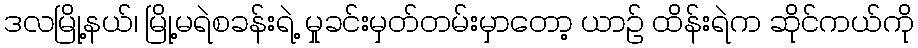
ဒလမြို့နယ်၊ မြို့မရဲစခန်းရဲ့ မှုခင်းမှတ်တမ်းမှာတော့ ယာဉ် ထိန်းရဲက ဆိုင်ကယ်ကို